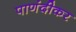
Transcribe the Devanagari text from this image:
पाणंदीकर